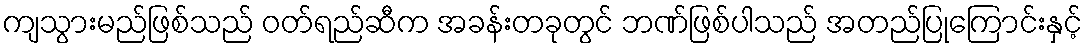
ကျသွားမည်ဖြစ်သည် ဝတ်ရည်ဆီက အခန်းတခုတွင် ဘဏ်ဖြစ်ပါသည် အတည်ပြုကြောင်းနှင့်